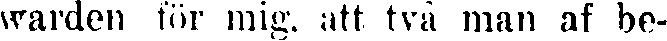
warden för mig, att två man af be-